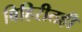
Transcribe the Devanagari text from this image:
विहिरीतही